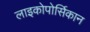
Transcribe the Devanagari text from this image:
लाइकोपोर्सिकान